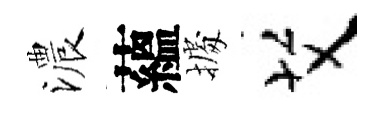
濃蘊𢴃艾